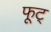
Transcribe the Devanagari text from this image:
फूट्